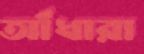
আঁধারা